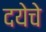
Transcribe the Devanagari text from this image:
दयेचे